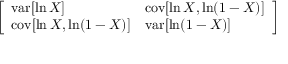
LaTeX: \left[ \begin{array} { l l } { \operatorname { v a r } [ \ln X ] } & { \operatorname { c o v } [ \ln X , \ln ( 1 - X ) ] } \\ { \operatorname { c o v } [ \ln X , \ln ( 1 - X ) ] } & { \operatorname { v a r } [ \ln ( 1 - X ) ] } \end{array} \right]